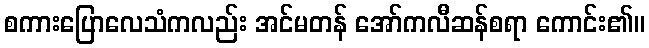
စကားပြောလေသံကလည်း အင်မတန် အော်ကလီဆန်စရာ ကောင်း၏။